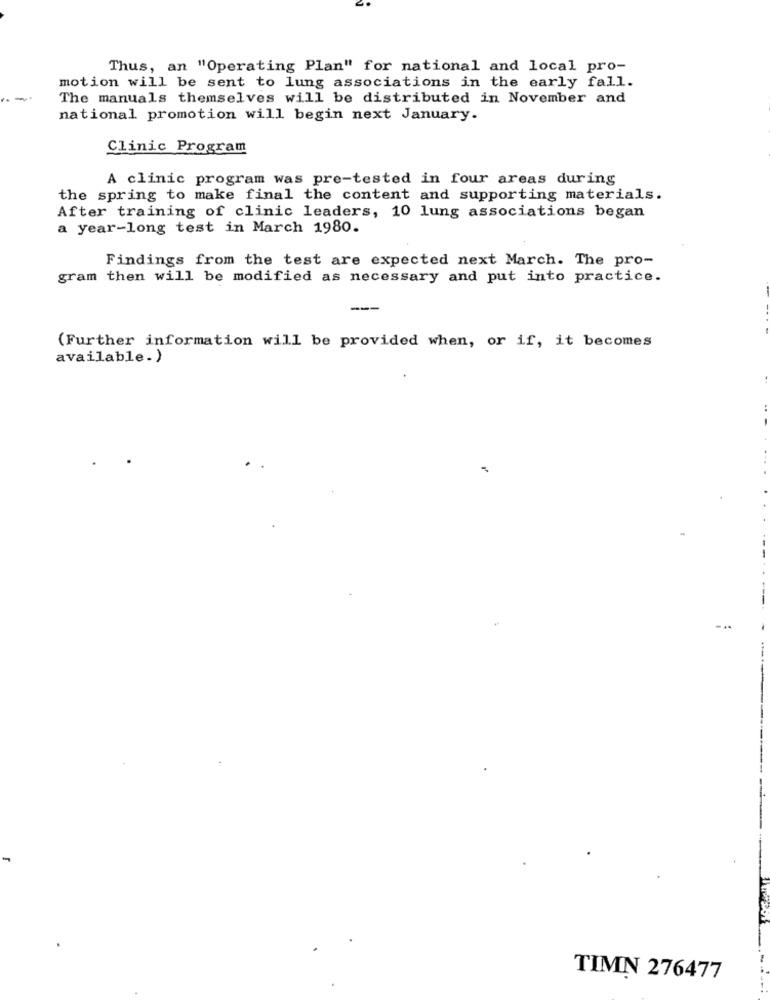
Thus, an "Operating Plan" for national and local pro-
motion will be sent to lung associations in the early fall.
The manuals themselves will be distributed in November and
national promotion will begin next January.
Clinic Program
A clinic program was pre-tested in four areas during
the spring to make final the content and supporting materials.
After training of clinic leaders, 10 lung associations began
a year-long test in March 1980.
Findings from the test are expected next March. The pro-
gram then will be modified as necessary and put into practice.
---
(Further information will be provided when, or if, it becomes
available.)
-
TIMN 276477